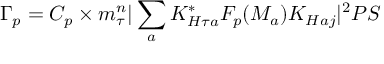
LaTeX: \Gamma _ { p } = C _ { p } \times m _ { \tau } ^ { n } | \sum _ { a } K _ { H \tau a } ^ { * } F _ { p } ( M _ { a } ) K _ { H a j } | ^ { 2 } P S